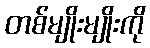
တစ်မျိုးမျိုးကို